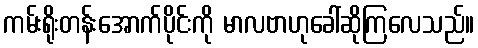
ကမ်းရိုးတန်းအောက်ပိုင်းကို မာလဗာဟုခေါ်ဆိုကြလေသည်။